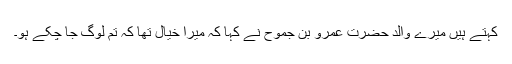
کہتے ہیں میرے والد حضرت عَمرِو بِن جَمُوح نے کہا کہ میرا خیال تھا کہ تم لوگ جا چکے ہو۔